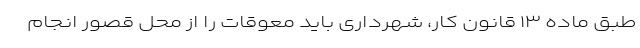
طبق ماده ۱۳ قانون کار، شهرداری باید معوقات را از محل قصورِ انجام